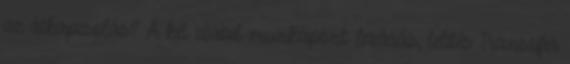
az átkapcsolás? A két stabil munkapont: lezárás, telítés Transzfer